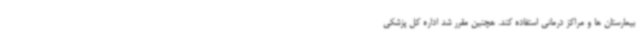
بیمارستان ها و مراکز درمانی استفاده کند. هچنین مقرر شد اداره کل پزشکی